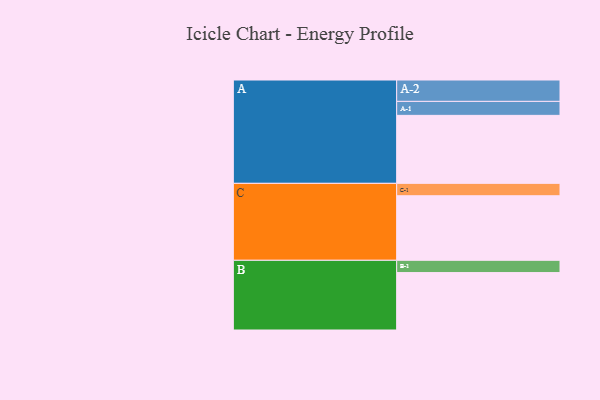
{"axis": {"x": "Segment", "y": "Value"}, "legend": ["", "A", "B", "C"], "data": [{"x": "A", "y": 515, "type": ""}, {"x": "B", "y": 435, "type": ""}, {"x": "C", "y": 489, "type": ""}, {"x": "A-1", "y": 106, "type": "A"}, {"x": "A-2", "y": 162, "type": "A"}, {"x": "B-1", "y": 93, "type": "B"}, {"x": "C-1", "y": 94, "type": "C"}]}